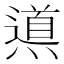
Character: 𲅾